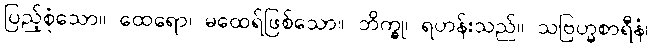
ပြည့်စုံသော။ ထေရော၊ မထေရ်ဖြစ်သော။ ဘိက္ခု၊ ရဟန်းသည်။ သဗြဟ္မစာရီနံ၊